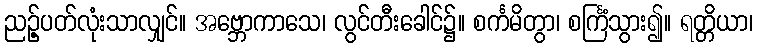
ညဉ့်ပတ်လုံးသာလျှင်။ အဗ္ဘောကာသေ၊ လွင်တီးခေါင်၌။ စင်္ကမိတွာ၊ စင်္ကြံသွား၍။ ရတ္တိယာ၊